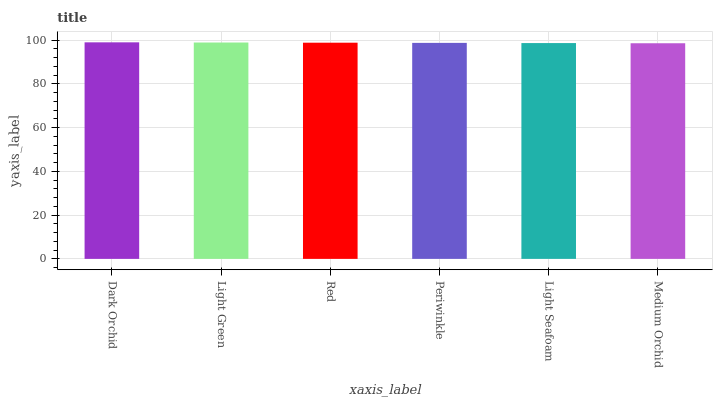
| xaxis_label | bars |
 | --- | --- |
 | Dark Orchid | 99 |
 | Light Green | 98.9 |
 | Red | 98.8 |
 | Periwinkle | 98.7 |
 | Light Seafoam | 98.7 |
 | Medium Orchid | 98.6 |